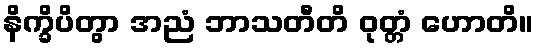
နိက္ခိပိတွာ အညံ ဘာသတီတိ ဝုတ္တံ ဟောတိ။